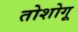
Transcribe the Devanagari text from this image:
तोशोगू